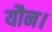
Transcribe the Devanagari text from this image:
यौन।